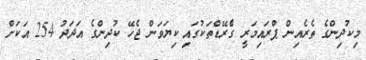
މިކުދިންގެ ތެރެއިން ޕްރައިމަރީ ގްެރޭޑްތަކުގައި ކިޔަވަން ޖެހޭ ކުދިންގެ އަދަދު 254 އަކަށް